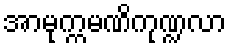
အာမုက္ကမဏိကုဏ္ဍလာ